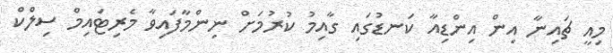
މިއީ ޗައިނާ އިން އިންޑިއާ ކަނޑުގައި ގާއިމު ކުރުމަށް ނިންމާފައިވާ މެރިޓައިމް ސިލްކް